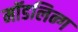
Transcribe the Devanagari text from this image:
मॉडलिन्ग